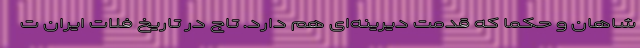
شاهان و حکما که قدمت دیرینه‌ای هم دارد. تاج در تاریخ فلات ایران ت